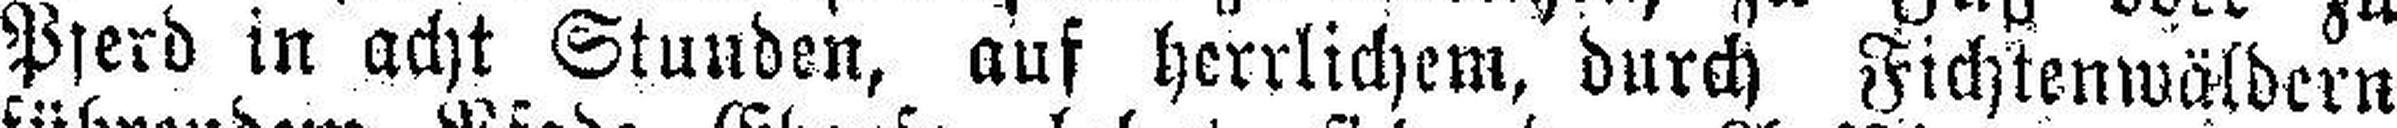
Pferd in acht Stunden, auf herrlichem, durch Fichtenwäldern